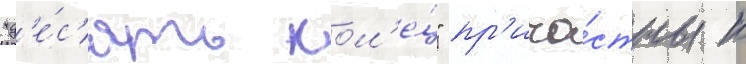
"д'е́с'ять кол'е́ц" пр'ича́стны к